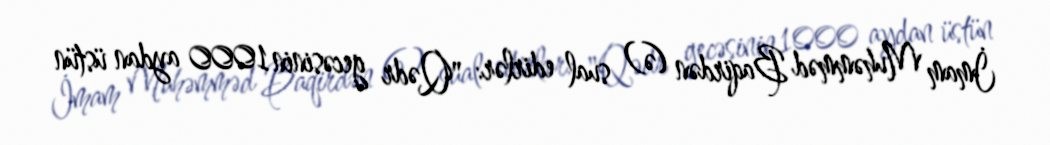
İmam Muhəmməd Baqirdən (ə) sual edirlər: "Qədr gecəsinin 1000 aydan üstün